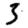
Digit: 3